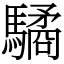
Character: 驈